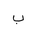
Letter: _ba